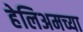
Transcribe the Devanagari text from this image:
हेलिअमच्या